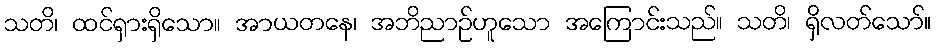
သတိ၊ ထင်ရှားရှိသော။ အာယတနေ၊ အဘိညာဉ်ဟူသော အကြောင်းသည်။ သတိ၊ ရှိလတ်သော်။